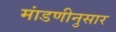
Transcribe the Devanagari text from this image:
मांडणीनुसार